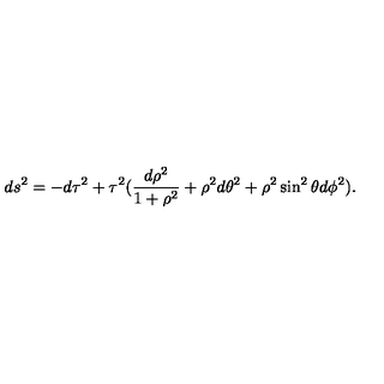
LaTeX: d s ^ { 2 } = - d \tau ^ { 2 } + \tau ^ { 2 } ( \frac { d \rho ^ { 2 } } { 1 + \rho ^ { 2 } } + \rho ^ { 2 } d \theta ^ { 2 } + \rho ^ { 2 } \sin ^ { 2 } \theta d \phi ^ { 2 } ) .